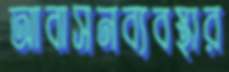
আবাসনব্যবস্থার